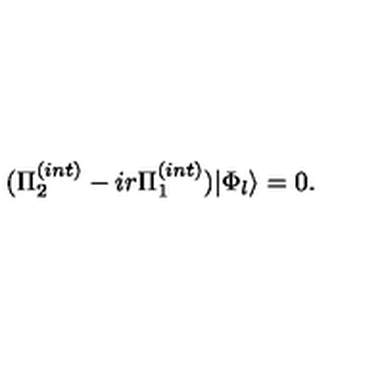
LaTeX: ( \Pi _ { 2 } ^ { ( i n t ) } - i r \Pi _ { 1 } ^ { ( i n t ) } ) | \Phi _ { l } \rangle = 0 .